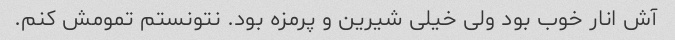
آش انار خوب بود ولی خیلی شیرین و پرمزه بود. نتونستم تمومش کنم.